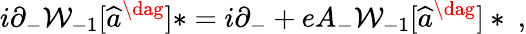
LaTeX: i\partial_{-}{\cal W}_{-1}[\widehat{a}^{\dag}]\ast=i\partial_{-}+eA_{-}{\cal W}_{-1}[\widehat{a}^{\dag}]\ast\ ,